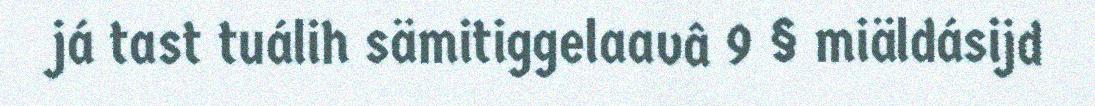
já tast tuálih sämitiggelaavâ 9 § miäldásijd